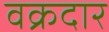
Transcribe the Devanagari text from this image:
वक्रदार